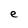
Character: e